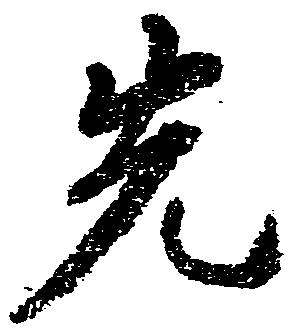
先